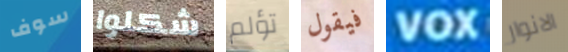
سوف شكلوا تؤلم فيقول VOX الانوار